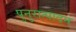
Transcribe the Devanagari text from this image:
पुनुरात्पादन